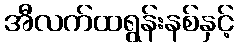
အီလက်ထရွန်းနစ်နှင့်